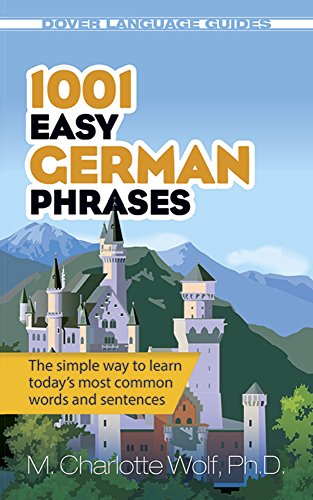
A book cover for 1001 Easy German Phrases; M. Charlotte Wolf; Travel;